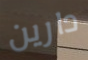
دارين